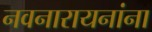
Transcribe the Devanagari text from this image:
नवनारायनांना